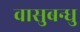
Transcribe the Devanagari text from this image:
वासुबन्धु